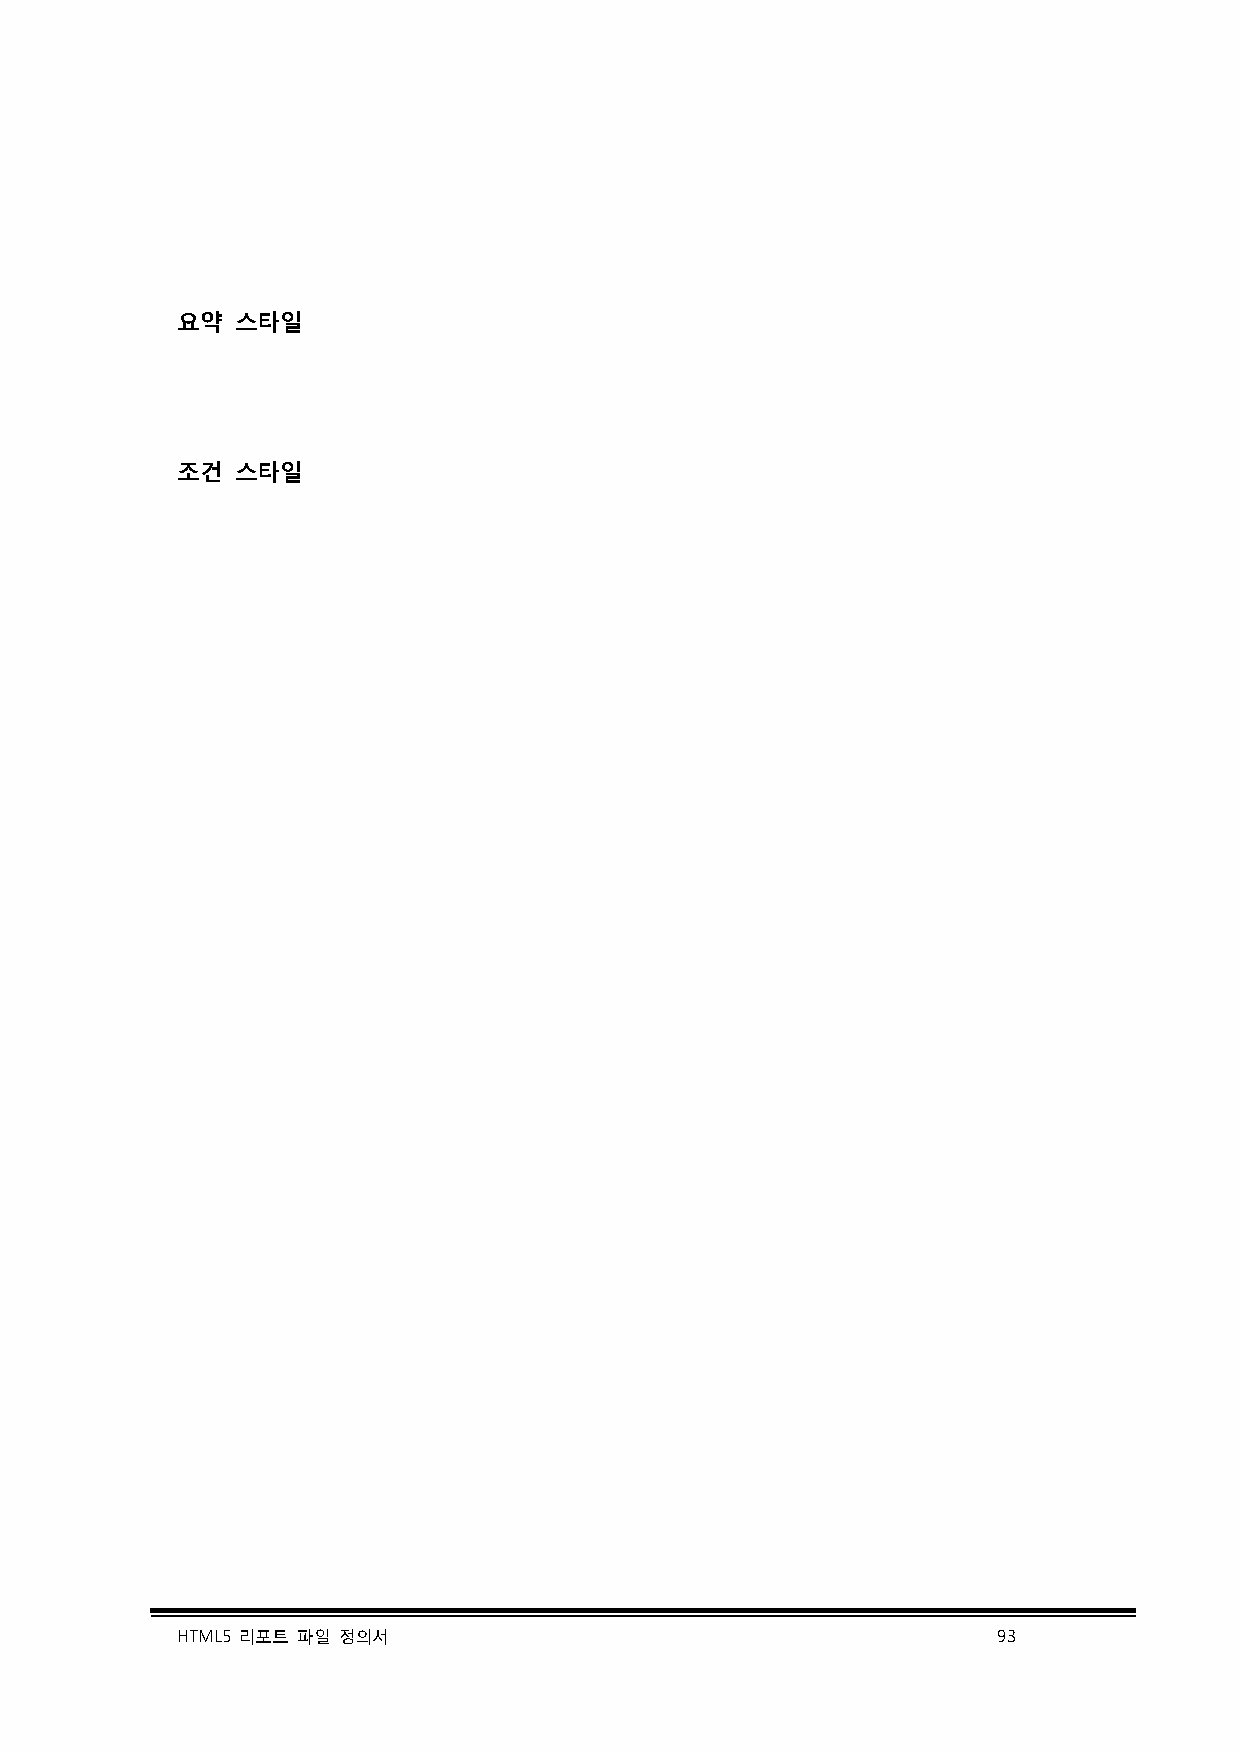
요약  스타일
 조건  스타일
 HTML5 리포트 파일 정의서                                      93